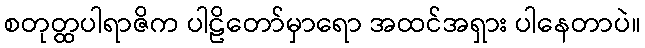
စတုတ္ထပါရာဇိက ပါဠိတော်မှာရော အထင်အရှား ပါနေတာပဲ။